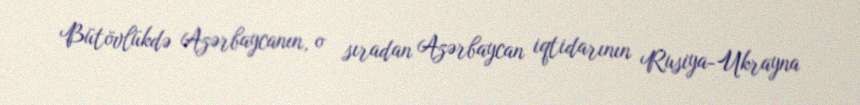
Bütövlükdə Azərbaycanın, o sıradan Azərbaycan iqtidarının Rusiya-Ukrayna